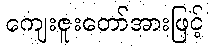
ကျေးဇူးတော်အားဖြင့်